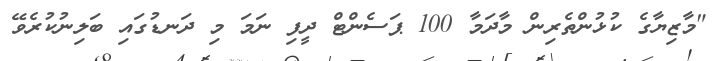
"މާޒިޔާގެ ކުޅުންތެރިން މާދަމާ 100 ޕަސެންޓް ދީފި ނަމަ މި ދަނޑުގައި ބަލިނުކުރެވޭ